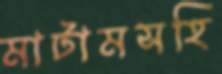
মাটামসহি